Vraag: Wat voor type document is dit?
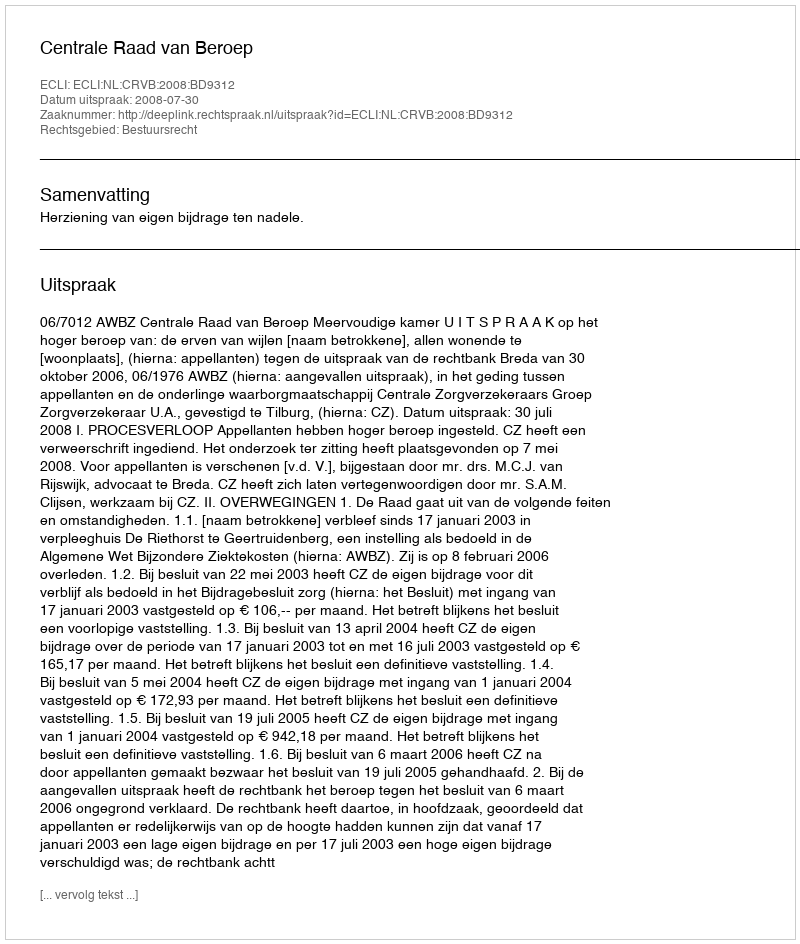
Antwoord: Uitspraak